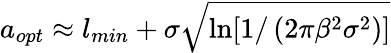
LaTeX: a_{opt}\approx l_{min}+\sigma\sqrt{\ln[1/\left(2\pi\beta^{2}\sigma^{2}\right)]}